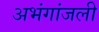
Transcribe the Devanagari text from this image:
अभंगांजली